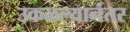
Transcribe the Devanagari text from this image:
उकळल्यानंतर